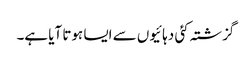
گزشتہ کئی دہائیوں سے ایسا ہوتا آیا ہے۔